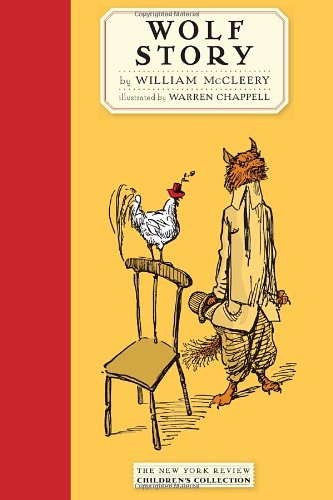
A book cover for Wolf Story (New York Review Collections); William McCleery; Children's Books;